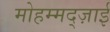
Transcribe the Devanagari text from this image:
मोहम्मद्ज़ाई